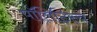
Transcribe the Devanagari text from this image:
पॉलिटिस्च